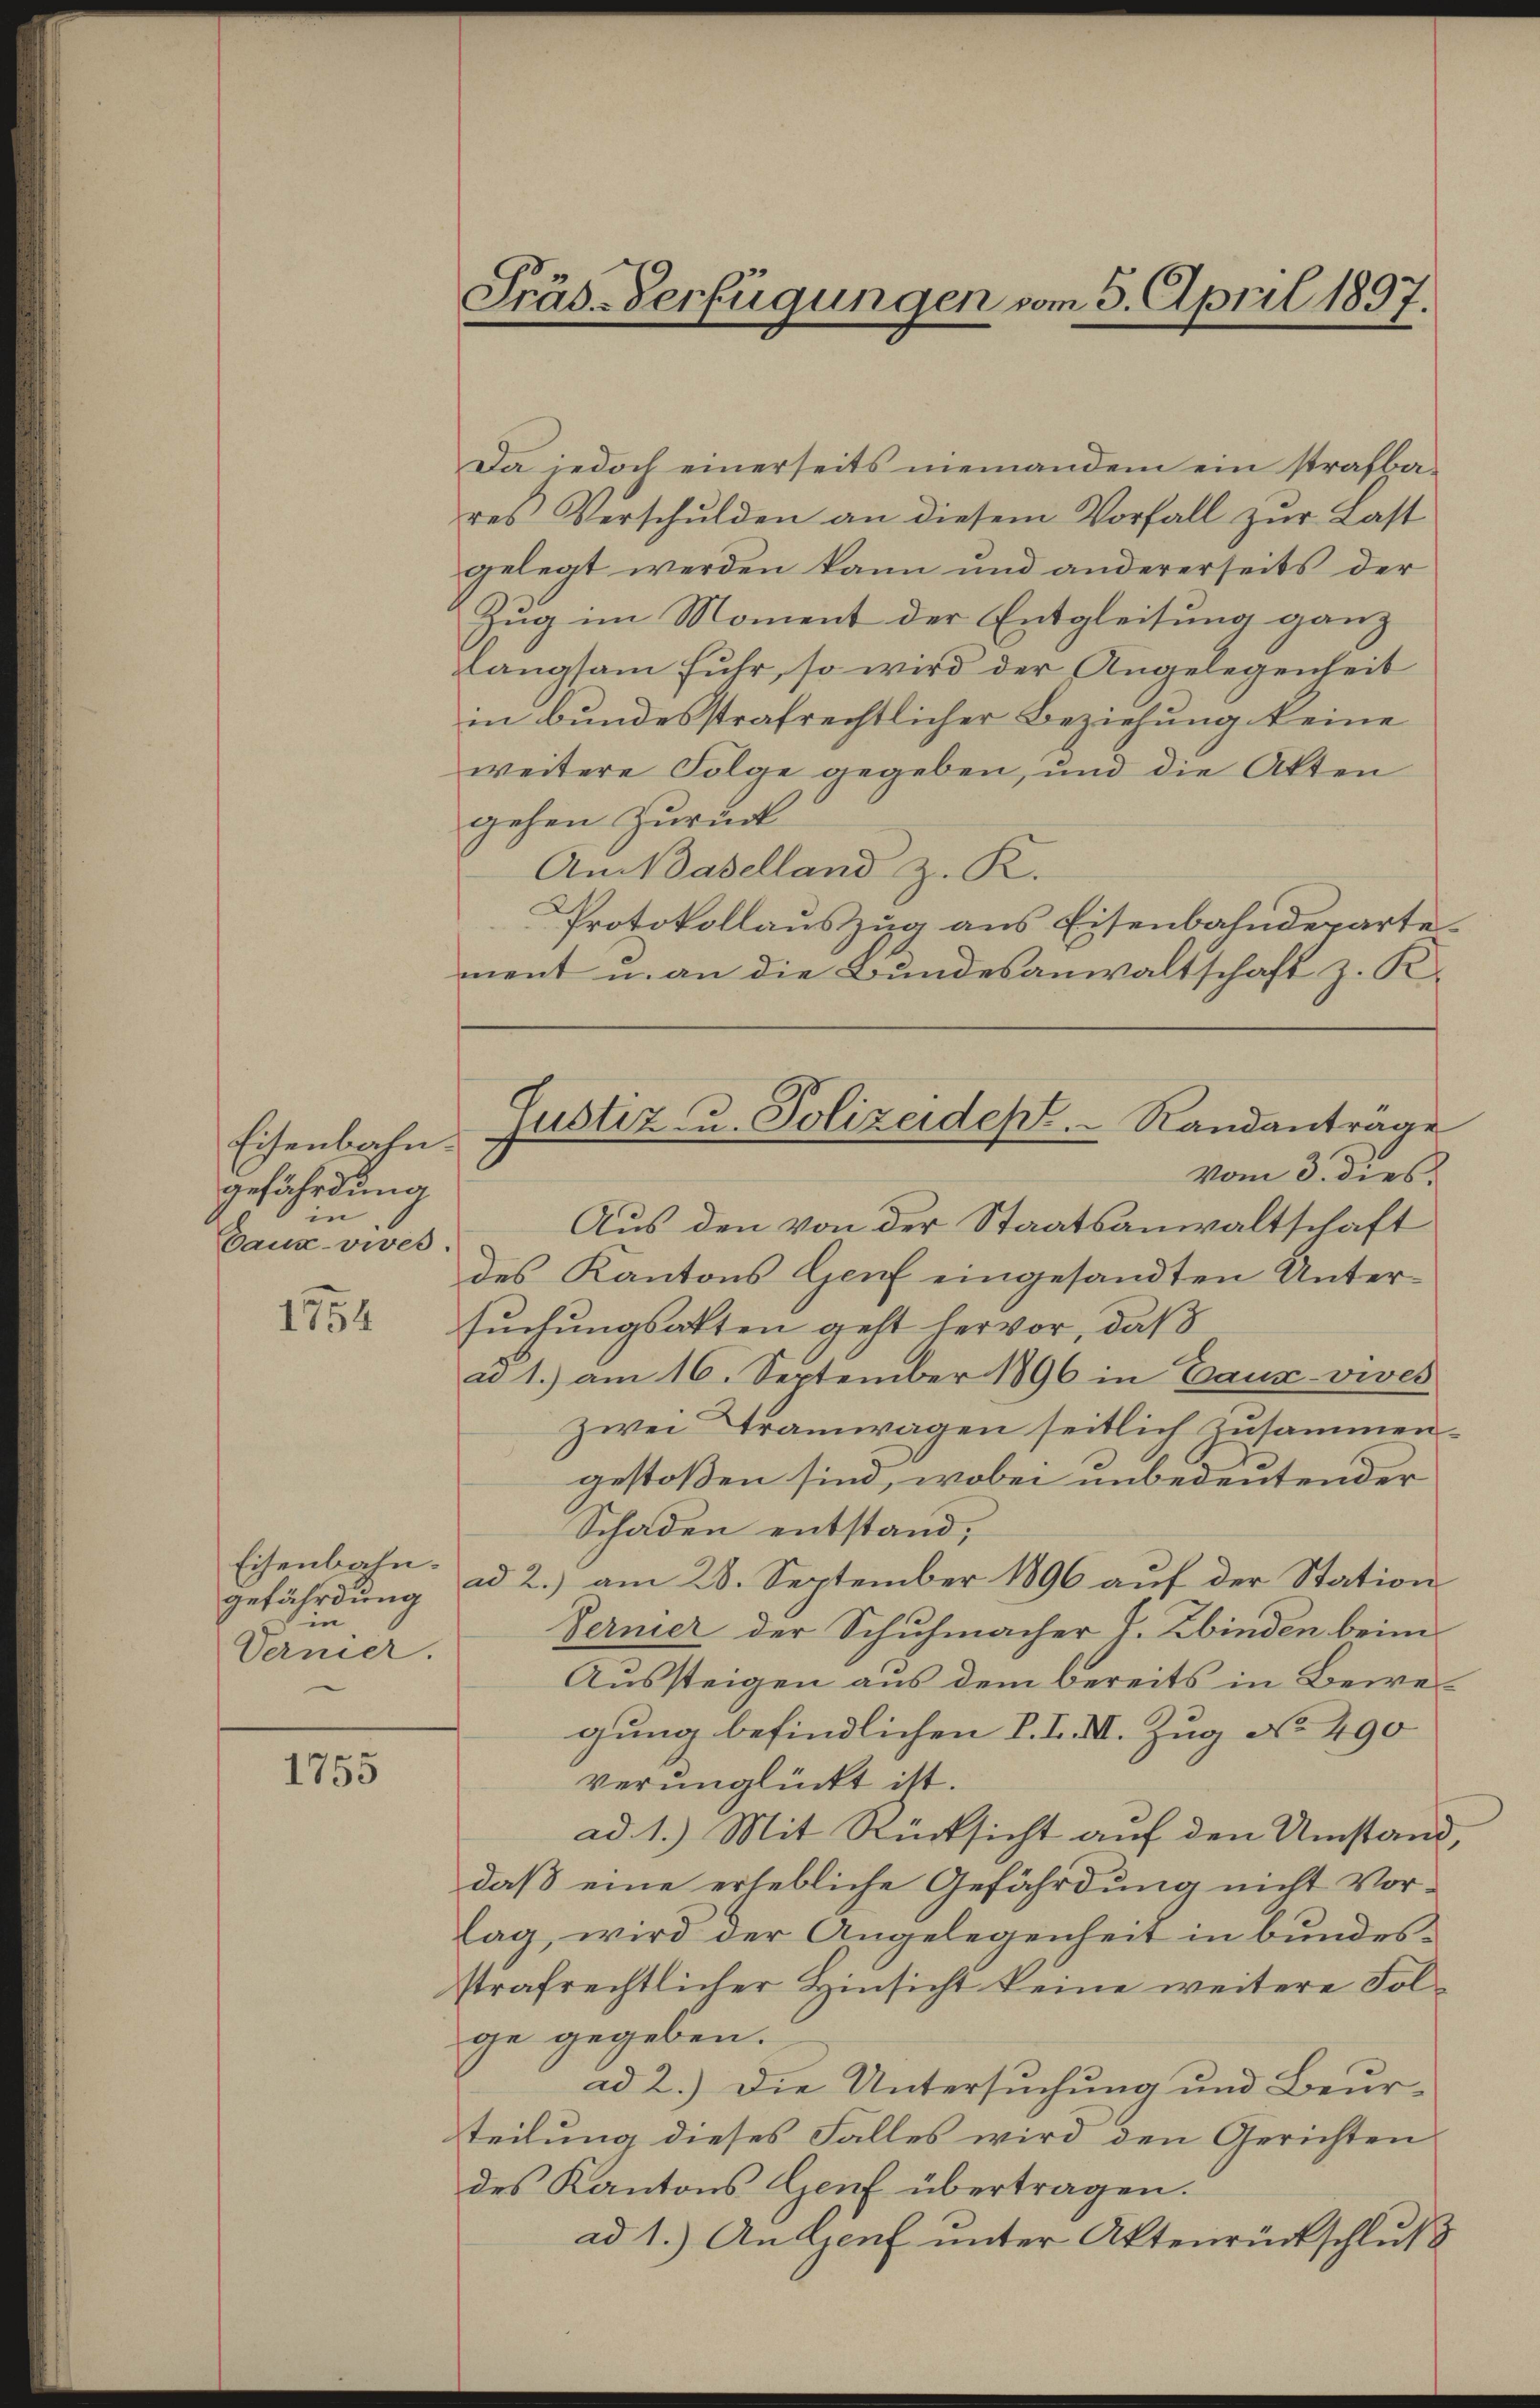
Eisenbahn.
gefährdung
in
Caux-vies.

1754

Eisenbahn.
gefährdung
in
Vernier.

1755

Da jedoch einerseits niemandem ein strafba-
res Verschulden an diesem Vorfall zur Last
gelegt werden kann und andererseits der
Zug im Moment der Entgleitung ganz
langsam Fuhr, so wird der Angelegenheit
in bundesstrafrechtlicher Beziehung keine
weitere Folge gegeben, und die Akten
gehen Zurück
An Baselland z. K.
Protokollauszug aus Eisenbahndeparte
ment u. an die Bundesanwaltschaft z. K.
Aus den von der Staatsanwaltschaft
des Kantons Genf eingesandten Untersuchungsatten geht hervor, daß
ad 1.) am 16. September 1896 in Caux vives
zwei Tramwagen seitlich zusammengestoßen sind, wobei unbedeutender
Schaden entstand,
ad 2.) am 28. September 1896 auf der Station
Fernier der Schuhmacher I. Zbinden beim
Aussteigen aus dem bereits in Bewegung befindlichen V. I. I. Zug No. 490
verunglückt ist.
ad 1.) Mit Rücksicht auf den Umstand,
daß eine erhebliche Gefährdung nicht Vorlag, wird der Angelegenheit in bundes
strafrechtlicher Hinsicht keine weitere Folge gegeben.
ad 2.) Die Untersuchung und Beurteilung dieses Falles wird den Gerichten
des Kantons Genf übertragen.
ad 1.) An Genf unter Aktenrückschluß

Präs.-Verfügungen vom 5. April 1897.

Justiz u. Polizeidept. Randantrage
vom 3. dies